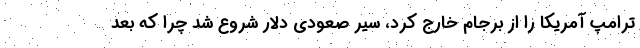
ترامپ آمریکا را از برجام خارج کرد، سیر صعودی دلار شروع شد چرا که بعد